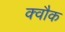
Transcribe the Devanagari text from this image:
क्वौक